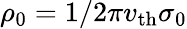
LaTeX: \rho_{0}=1/2\pi v_{\mathrm{th}}\sigma_{0}